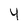
Character: 4